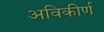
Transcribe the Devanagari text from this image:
अविकीर्ण